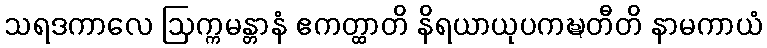
သရဒကာလေ ဩက္ကမန္တာနံ ဧကတ္ထာတိ နိရယာယုပကဍ္ဎတီတိ နာမကာယံ